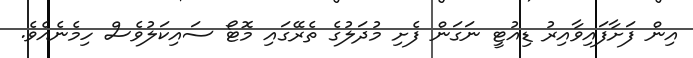
އިން ފަށާފައިވާއިރު ޑިއުޓީ ނަގަން ފެށި މުދަލުގެ ތެރޭގައި މޮޓޯ ސައިކަލުވެސް ހިމެނެއެވެ.